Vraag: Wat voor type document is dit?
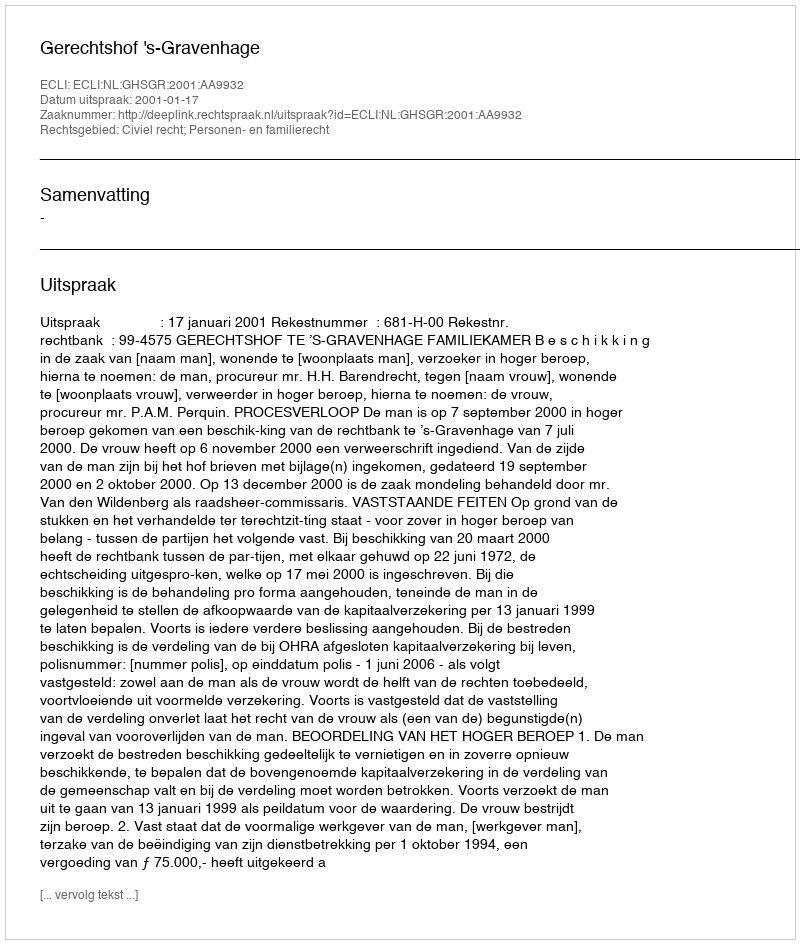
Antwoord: Uitspraak